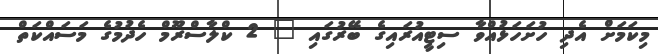
މިކަމަށް އެދި ހުށަހަޅުއްވާ ސިޓީއުރައިގެ ބޭރުގައި " 2 ކްލާސްރޫމް ހެދުމުގެ މަސައްކަތް